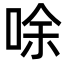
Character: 唋